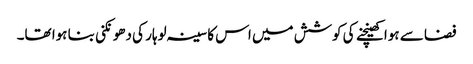
فضا سے ہوا کھینچنے کی کوشش میں اس کا سینہ لوہار کی دھونکنی بنا ہوا تھا۔